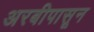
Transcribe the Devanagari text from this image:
अरबीपासून